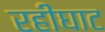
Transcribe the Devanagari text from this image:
रहीघाट